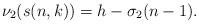
LaTeX: \begin{align*}\nu_2(s(n,k)) = h-\sigma_2(n-1). \end{align*}